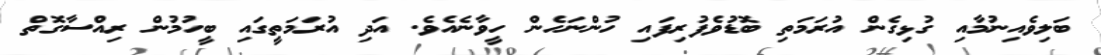
ބަލިވެއިނުމާއި ގުޅިގެން އުރަމަތި ބޮޑުވެފުރިފައި ހުންނަހެން ހީވާނެއެވެ. އަދި އުރަމަތީގައި ބީހުމުން ރިއްސާގޮތް